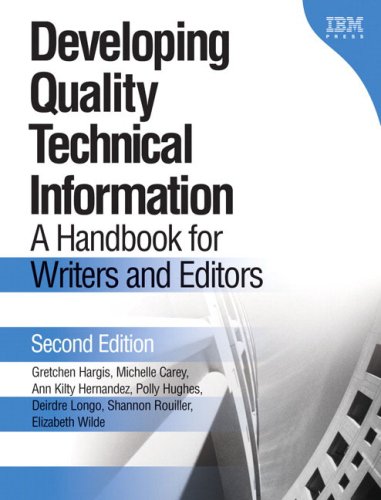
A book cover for Developing Quality Technical Information: A Handbook for Writers and Editors (2nd Edition); Gretchen Hargis; Computers & Technology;